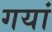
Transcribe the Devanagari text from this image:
गयां